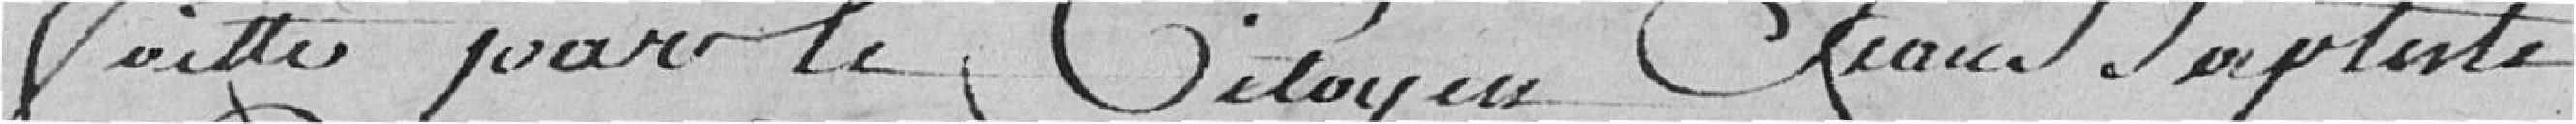
faite par le citoyen Jean Baptiste